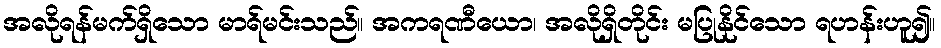
အလိုရန်မက်ရှိသော မာရ်မင်းသည်။ အကရဏီယော၊ အလိုရှိတိုင်း မပြုနိုင်သော ရဟန်းဟူ၍။